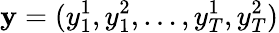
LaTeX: \mathbf{y}=(y_{1}^{1},y_{1}^{2},\dots,y_{T}^{1},y_{T}^{2})